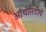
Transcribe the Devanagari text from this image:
ऑथोरिटीचे